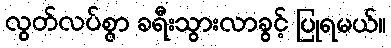
လွတ်လပ်စွာ ခရီးသွားလာခွင့် ပြုရမယ်။